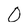
Character: 0